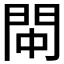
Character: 𫔚